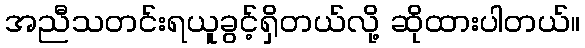
အညီသတင်းရယူခွင့်ရှိတယ်လို့ ဆိုထားပါတယ်။